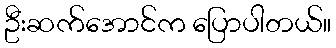
ဦးဆက်အောင်က ပြောပါတယ်။